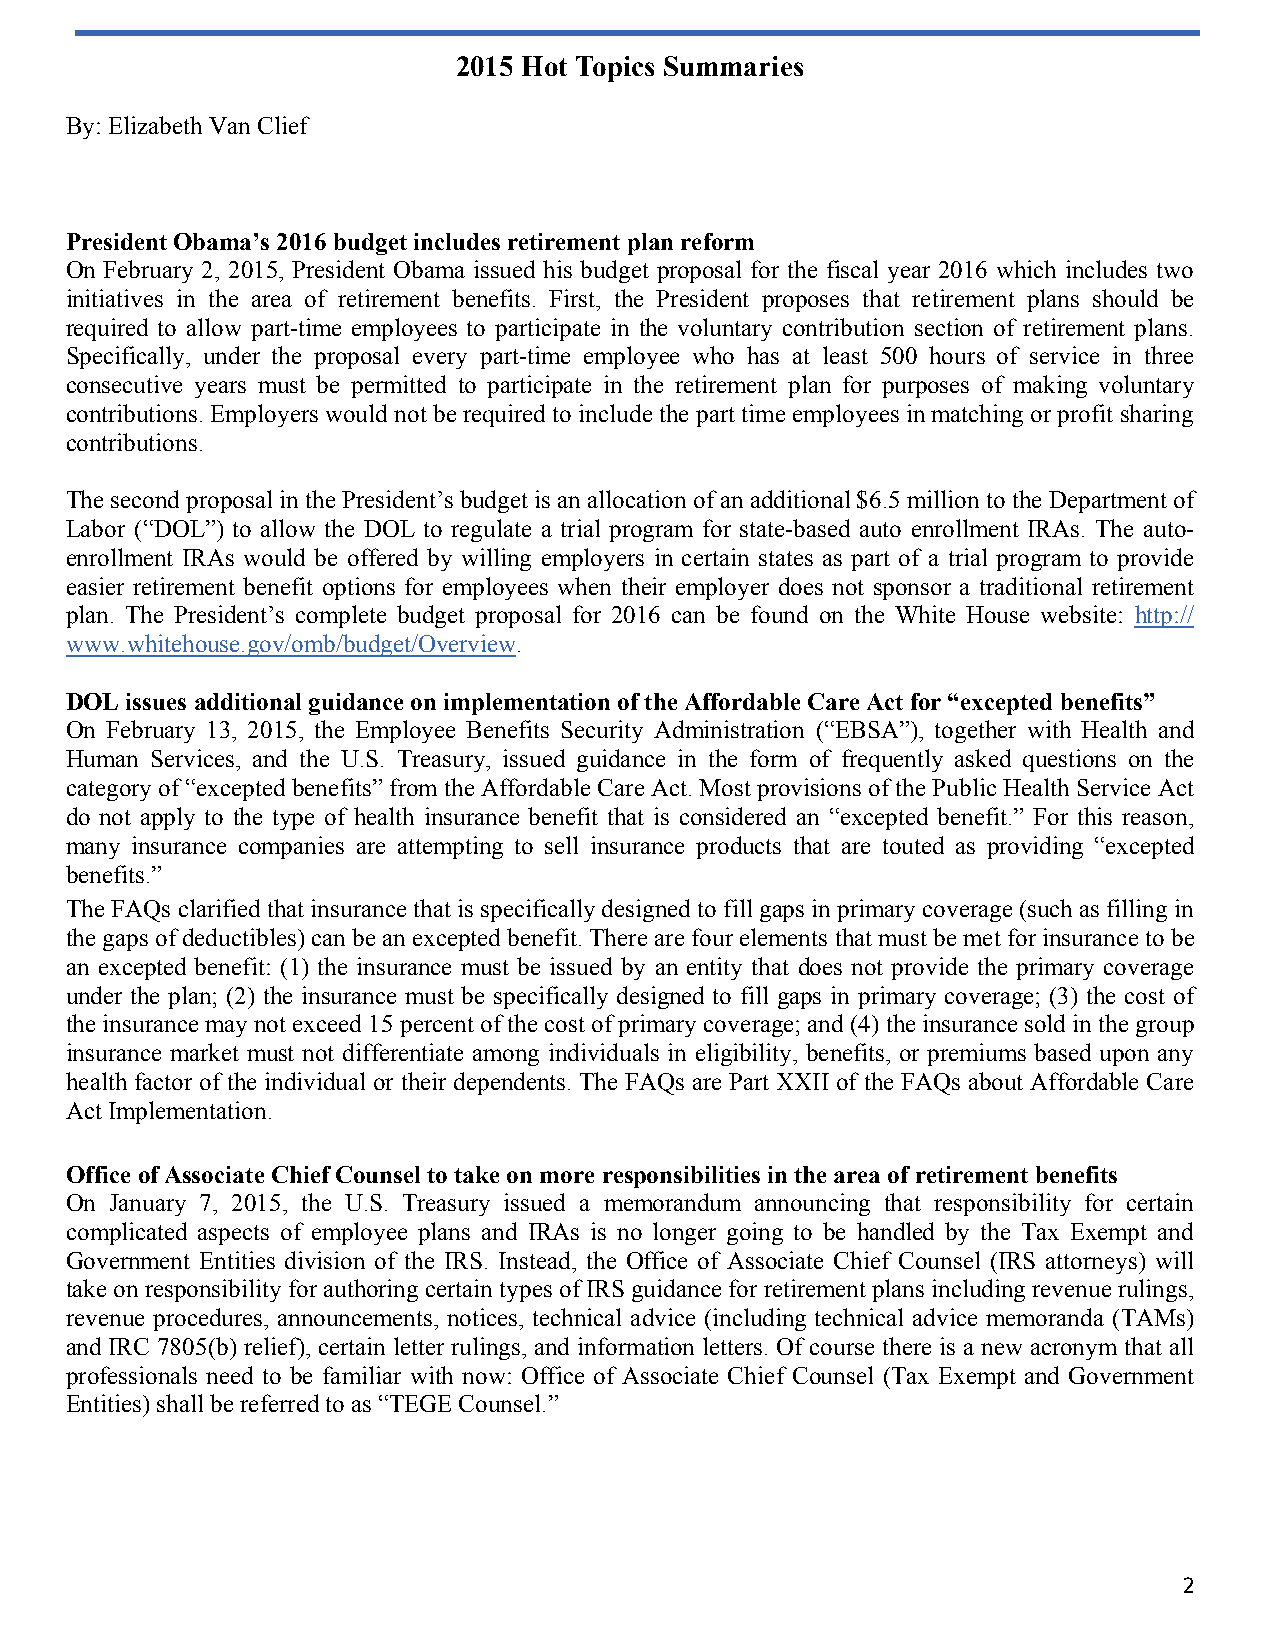
2015 Hot Topics Summaries
 By: Eliza beth Van Clief
 President Obama’s 2016 budget includes retirement plan reform
 On February 2, 2015, President Obama issued his budget proposal for the fiscal year 2016 which includes two
 initiatives in the area of retirement benefits. First, the President proposes that retirement plans should be
 required to allow part-time employees to participate in the voluntary contribution section of retirement plans.
 Specifically, under the proposal every part-time employee who has at least 500 hours of service in three
 consecutive years must be permitted to participate in the retirement plan for purposes of making voluntary
 contributions. Employers would not be required to include the part time employees in matching or profit sharing
 contributions.
 The second proposal in the President’s budget is an allocation of an additional $6.5 million to the Department of
 Labor (“DOL”) to allow the DOL to regulate a trial program for state-based auto enrollment IRAs. The auto-
 enrollment IRAs would be offered by willing employers in certain states as part of a trial program to provide
 easier retirement benefit options for employees when their employer does not sponsor a traditional retirement
 plan. The President’s complete budget proposal for 2016 can be found on the White House website: http://
 www.whitehouse.gov/omb/budget/Overview.
 DOL issues additional guidance on implementation of the Affordable Care Act for “excepted benefits”
 On February 13, 2015, the Employee Benefits Security Administration (“EBSA”), together with Health and
 Human Services, and the U.S. Treasury, issued guidance in the form of frequently asked questions on the
 category of “excepted benefits” from the Affordable Care Act. Most provisions of the Public Health Service Act
 do not apply to the type of health insurance benefit that is considered an “excepted benefit.” For this reason,
 many insurance companies are attempting to sell insurance products that are touted as providing “excepted
 benefits.”
 The FAQs clarified that insurance that is specifically designed to fill gaps in primary coverage (such as filling in
 the gaps of deductibles) can be an excepted benefit. There are four elements that must be met for insurance to be
 an excepted benefit: (1) the insurance must be issued by an entity that does not provide the primary coverage
 under the plan; (2) the insurance must be specifically designed to fill gaps in primary coverage; (3) the cost of
 the insurance may not exceed 15 percent of the cost of primary coverage; and (4) the insurance sold in the group
 insurance market must not differentiate among individuals in eligibility, benefits, or premiums based upon any
 health factor of the individual or their dependents. The FAQs are Part XXII of the FAQs about Affordable Care
 Act Implementation.
 Office of Associate Chief Counsel to take on more responsibilities in the area of retirement benefits
 On January 7, 2015, the U.S. Treasury issued a memorandum announcing that responsibility for certain
 complicated aspects of employee plans and IRAs is no longer going to be handled by the Tax Exempt and
 Government Entities division of the IRS. Instead, the Office of Associate Chief Counsel (IRS attorneys) will
 take on responsibility for authoring certain types of IRS guidance for retirement plans including revenue rulings,
 revenue procedures, announcements, notices, technical advice (including technical advice memoranda (TAMs)
 and IRC 7805(b) relief), certain letter rulings, and information letters. Of course there is a new acronym that all
 professionals need to be familiar with now: Office of Associate Chief Counsel (Tax Exempt and Government
 Entities) shall be referred to as “TEGE Counsel.”
 2